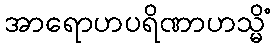
အာရောဟပရိဏာဟသ္မိံ